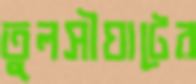
তুলসীঘাটের